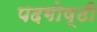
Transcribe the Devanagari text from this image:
पदगोष्ठी